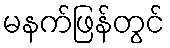
မနက်ဖြန်တွင်